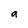
Character: a